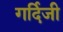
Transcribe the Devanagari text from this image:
गर्दिजी